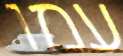
עמו